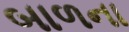
બાળના